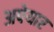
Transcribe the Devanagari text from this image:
अपेयार